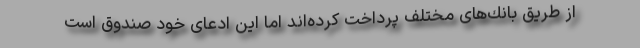
از طریق بانك‌های مختلف پرداخت كرده‌اند اما این ادعای خود صندوق است